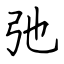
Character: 弛